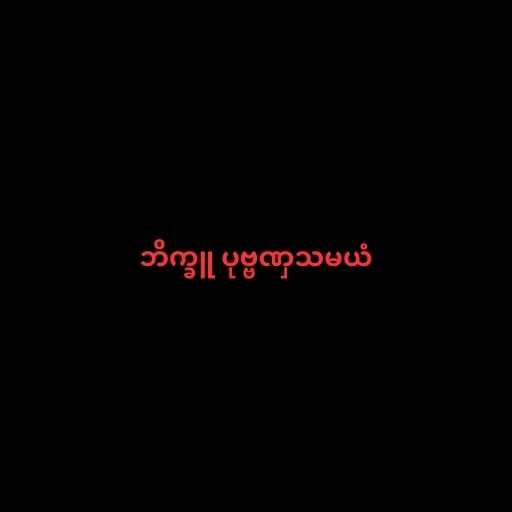
ဘိက္ခူ ပုဗ္ဗဏှသမယံ